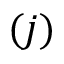
( j )